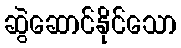
ဆွဲဆောင်နိုင်သော